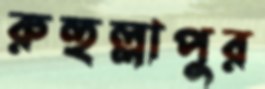
রুহুল্লাপুর